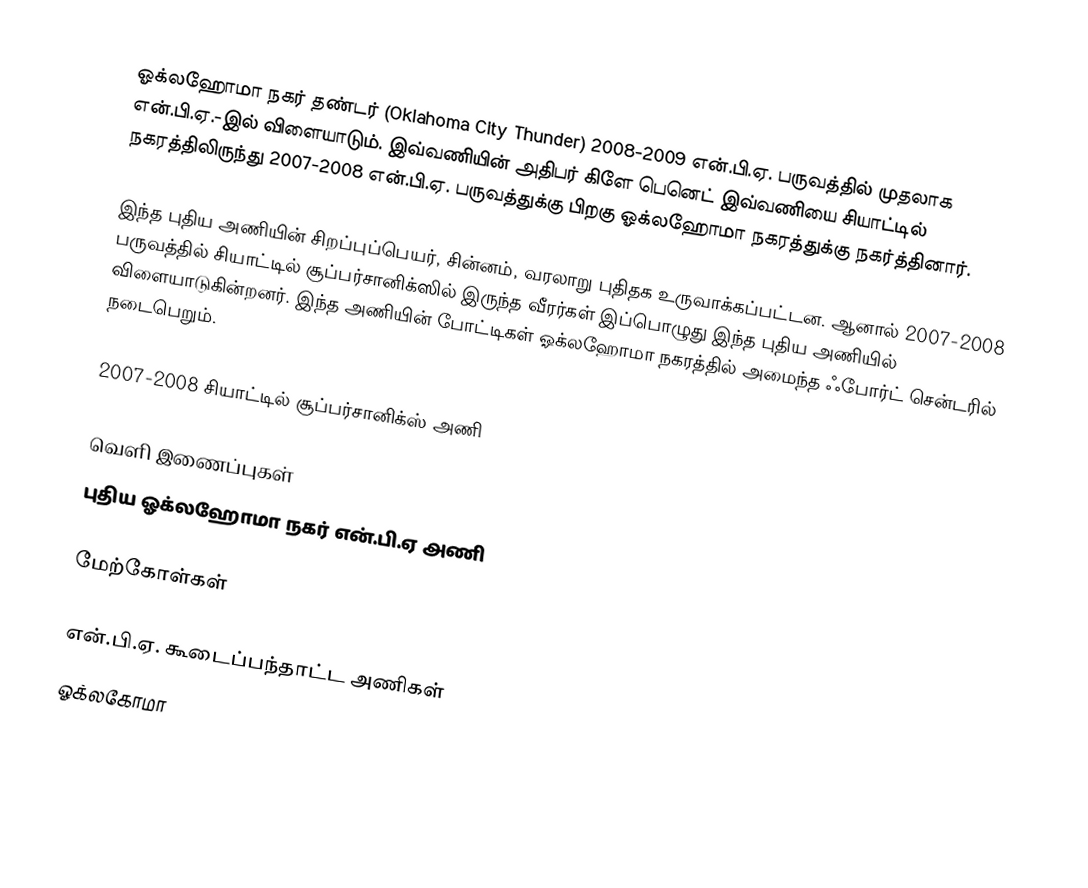
ஓக்லஹோமா நகர் தண்டர் (Oklahoma City Thunder) 2008-2009 என்.பி.ஏ. பருவத்தில் முதலாக என்.பி.ஏ.-இல் விளையாடும். இவ்வணியின் அதிபர் கிளே பெனெட் இவ்வணியை சியாட்டில் நகரத்திலிருந்து 2007-2008 என்.பி.ஏ. பருவத்துக்கு பிறகு ஓக்லஹோமா நகரத்துக்கு நகர்த்தினார்.

இந்த புதிய அணியின் சிறப்புப்பெயர், சின்னம், வரலாறு புதிதக உருவாக்கப்பட்டன. ஆனால் 2007-2008 பருவத்தில் சியாட்டில் சூப்பர்சானிக்ஸில் இருந்த வீரர்கள் இப்பொழுது இந்த புதிய அணியில் விளையாடுகின்றனர். இந்த அணியின் போட்டிகள் ஓக்லஹோமா நகரத்தில் அமைந்த ஃபோர்ட் சென்டரில் நடைபெறும்.

2007-2008 சியாட்டில் சூப்பர்சானிக்ஸ் அணி

வெளி இணைப்புகள்
 புதிய ஓக்லஹோமா நகர் என்.பி.ஏ அணி

மேற்கோள்கள்

என்.பி.ஏ. கூடைப்பந்தாட்ட அணிகள்
ஓக்லகோமா